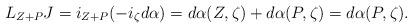
LaTeX: \begin{align*}L_{Z+P}J=i_{Z+P}(-i_\zeta d\alpha)=d\alpha(Z,\zeta)+d\alpha(P,\zeta)=d\alpha(P,\zeta).\end{align*}